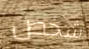
شخص